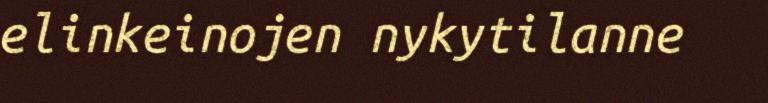
elinkeinojen nykytilanne